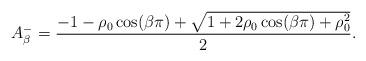
LaTeX: \begin{align*} A^-_{\beta}= \frac{-1-\rho_0 \cos (\beta \pi) +\sqrt{1+2 \rho_0 \cos (\beta \pi) +\rho_0^2}}{2}.\end{align*}